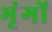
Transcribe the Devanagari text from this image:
भृंगों